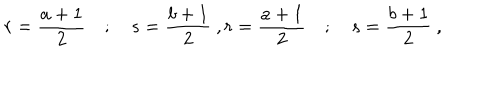
LaTeX: r = \frac { a + 1 } { 2 } \quad ; \quad s = \frac { b + 1 } { 2 } \ , r = \frac { a + 1 } { 2 } \quad ; \quad s = \frac { b + 1 } { 2 } \ ,